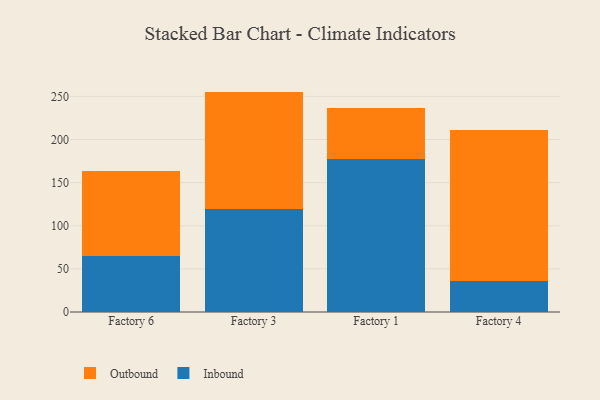
{"axis": {"x": "Factory", "y": "Revenue (USD Million)"}, "legend": ["Inbound", "Outbound"], "data": [{"x": "Factory 6", "y": 65.4, "type": "Inbound"}, {"x": "Factory 6", "y": 98.6, "type": "Outbound"}, {"x": "Factory 3", "y": 119.5, "type": "Inbound"}, {"x": "Factory 3", "y": 136.0, "type": "Outbound"}, {"x": "Factory 1", "y": 177.2, "type": "Inbound"}, {"x": "Factory 1", "y": 58.8, "type": "Outbound"}, {"x": "Factory 4", "y": 36.2, "type": "Inbound"}, {"x": "Factory 4", "y": 175.2, "type": "Outbound"}]}